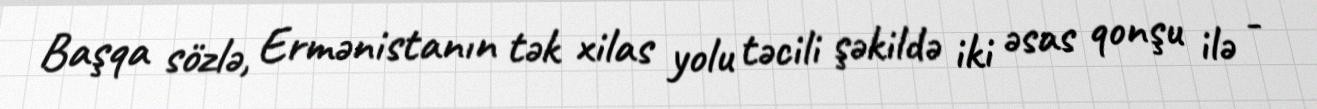
Başqa sözlə, Ermənistanın tək xilas yolu təcili şəkildə iki əsas qonşu ilə -